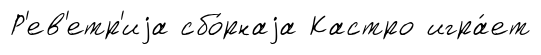
Р'ев'етр'иjа сбо́рнаjа Кастро игра́ет